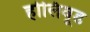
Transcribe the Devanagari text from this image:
होलिवूड